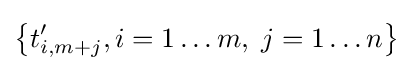
\left\{t'_{i,m+j},i=1\ldots m,\;j=1\ldots n\right\}